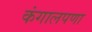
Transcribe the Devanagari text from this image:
कंगालपणा